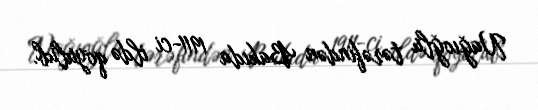
Nağıoğlu tərəfindən Bakıda 1911-ci ildə qoyulub.